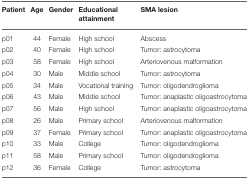
| Patient | Age | Gender | Educational attainment | SMA lesion |
 | --- | --- | --- | --- | --- |
 | p01 | 44 | Female | High school | Abscess |
 | p02 | 40 | Female | High school | Tumor: astrocytoma |
 | p03 | 58 | Female | High school | Arteriovenous malformation |
 | p04 | 30 | Male | Middle school | Tumor: astrocytoma |
 | p05 | 34 | Male | Vocational training | Tumor: oligodendroglioma |
 | p06 | 43 | Male | Middle school | Tumor: anaplastic oligoastrocytoma |
 | p07 | 56 | Male | High school | Tumor: anaplastic oligoastrocytoma |
 | p08 | 26 | Male | Primary school | Arteriovenous malformation |
 | p09 | 37 | Female | Primary school | Tumor: anaplastic oligoastrocytoma |
 | p10 | 33 | Male | College | Tumor: oligodendroglioma |
 | p11 | 58 | Male | Primary school | Tumor: oligodendroglioma |
 | p12 | 36 | Female | College | Tumor: astrocytoma |